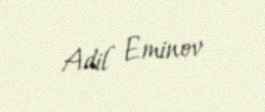
Adil Eminov